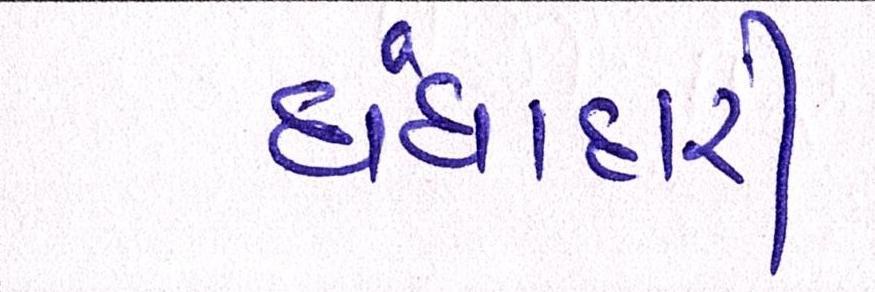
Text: ધંધાદારી